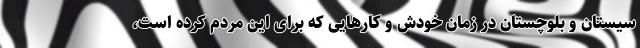
سیستان و بلوچستان در زمان خودش و کارهایی که برای این مردم کرده است،